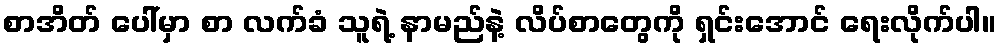
စာအိတ် ပေါ်မှာ စာ လက်ခံ သူရဲ့ နာမည်နဲ့ လိပ်စာတွေကို ရှင်းအောင် ရေးလိုက်ပါ။